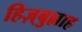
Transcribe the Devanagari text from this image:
हिज़्बुल्लाह